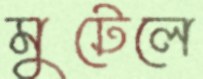
মুটেলে